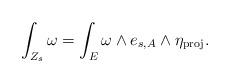
LaTeX: \begin{align*}\int_{Z_{s}}\omega = \int_{E}\omega\wedge e_{s,A}\wedge \eta_{\mathrm{proj}}.\end{align*}